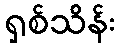
ရှစ်သိန်း